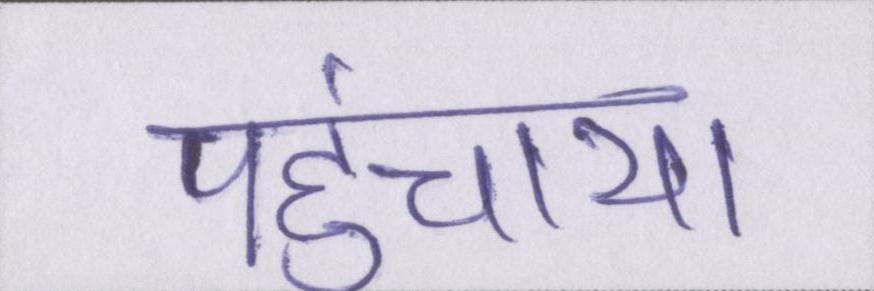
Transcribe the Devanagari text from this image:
पहुंचाया